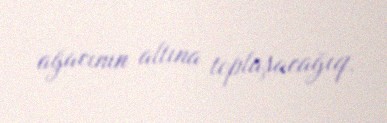
ağacının altına toplaşacağıq.